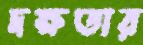
দক্ষতার